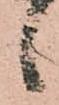
候